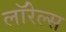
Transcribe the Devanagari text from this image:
लॉरेल्स